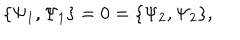
\{ \Psi _ { 1 } , \Psi _ { 1 } \} = 0 = \{ \Psi _ { 2 } , \Psi _ { 2 } \} ,